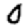
Digit: 0